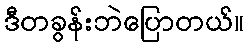
ဒီတခွန်းဘဲပြောတယ်။